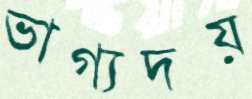
ভাগ্যদয়